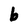
Character: b